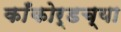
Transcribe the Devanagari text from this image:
काँकोर्डच्या